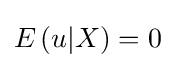
E\left(u|X\right)=0